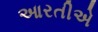
આરતીએ